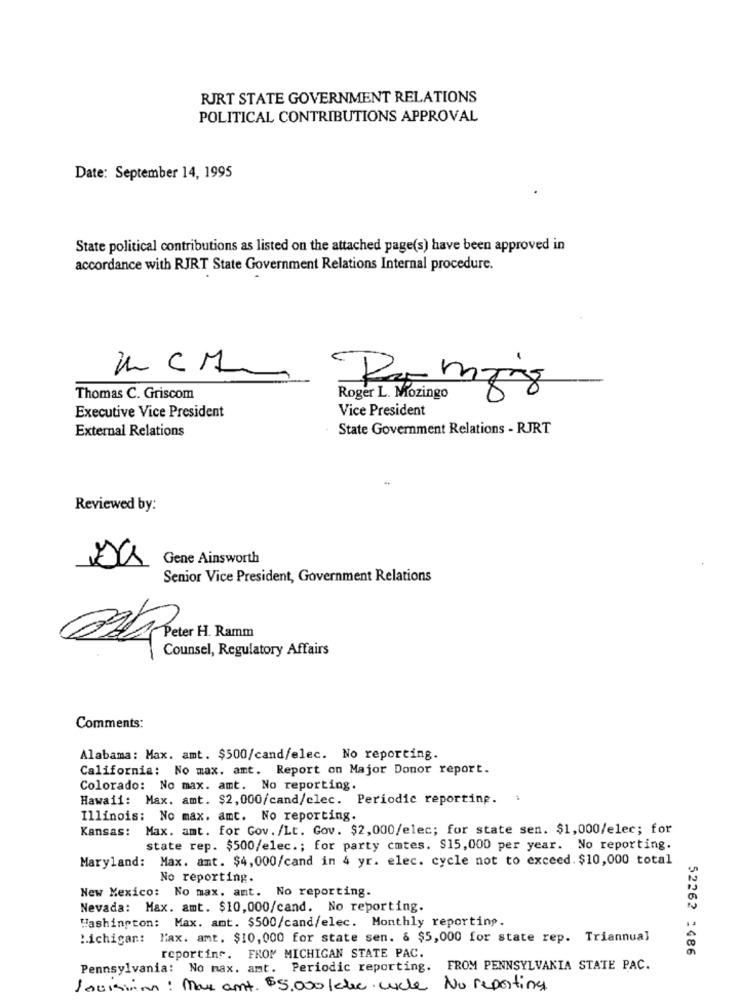
RJRT STATE GOVERNMENT RELATIONS
POLITICAL CONTRIBUTIONS APPROVAL
Date: September 14, 1995
State political contributions as listed on the attached page(s) have been approved in
accordance with RJRT State Government Relations Internal procedure.
Thomas C. Griscom
Roger L. Mozingo
Vice President
Executive Vice President
External Relations
State Government Relations - RJRT
Reviewed by:
sa
Gene Ainsworth
Senior Vice President, Government Relations
PA Peter H. Ramm
Counsel, Regulatory Affairs
Comments:
Alabama: Max. amt. $500/cand/elec. No reporting.
California: No max. amt. Report on Major Donor report.
Colorado: No max. amt. No reporting.
Hawaii: Max. amt. $2,000/cand/clec. Periodic reporting. .
Illinois: No max. amt. No reporting.
Kansas: Max. amt. for Gov. /Lt. Gov. $2,000/elec; for state sen. $1,000/elec; for
state rep. $500/elec .; for party cmtes. $15,000 per year. No reporting.
Maryland: Max. amt. $4,000/cand in 4 yr. elec. cycle not to exceed. $10,000 total
No reporting.
New Mexico: No max. ant. No reporting.
Nevada: Max. amt. $10,000/cand. No reporting.
Washington: Max. amt. $500/cand/elec. Monthly reporting.
Michigan: Max. amt. $10, 000 for state sen. & $5,000 for state rep. Triannual
52262 1486
reporting. FROM MICHIGAN STATE PAC.
Pennsylvania: No max. amt. Periodic reporting. FROM PENNSYLVANIA STATE PAC.
levissima: May amt. $5.000 kake cycle No reporting